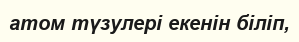
атом түзулері екенін біліп,